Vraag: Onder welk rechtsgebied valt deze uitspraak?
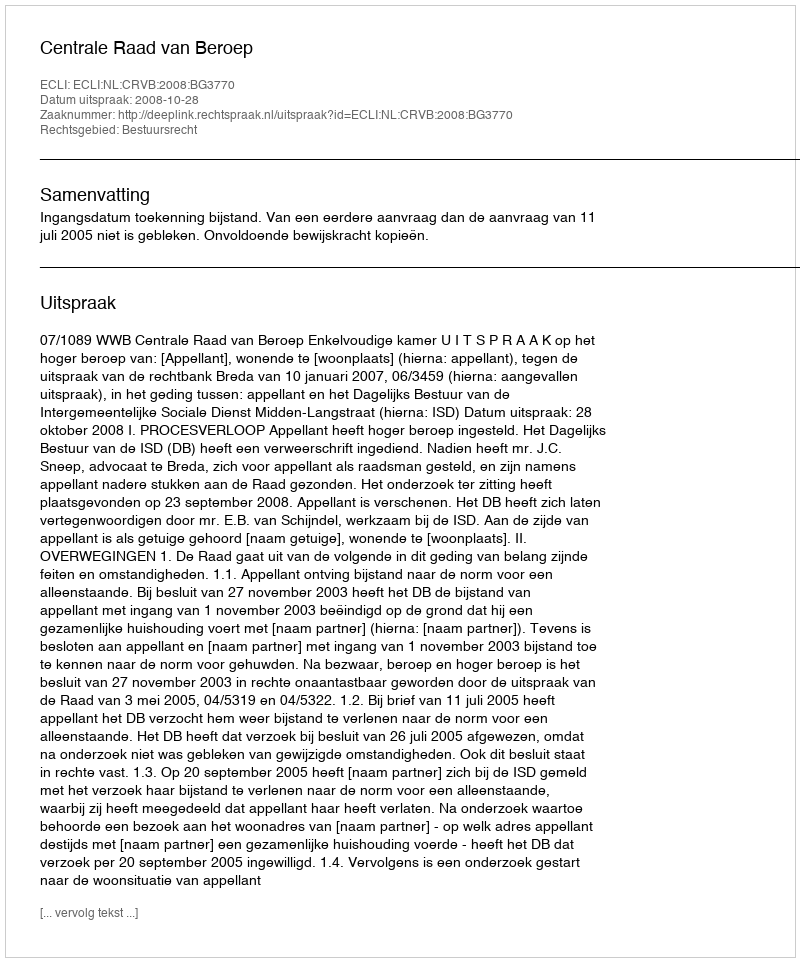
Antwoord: Bestuursrecht